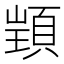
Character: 𮨋